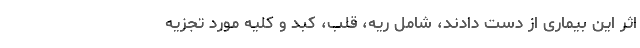
اثر این بیماری از دست دادند، شامل ریه، قلب، کبد و کلیه مورد تجزیه